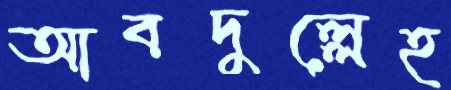
আবদুল্লেহ